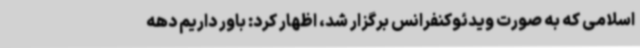
اسلامی که به صورت ویدئوکنفرانس برگزار شد، اظهار کرد: باور داریم دهه